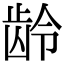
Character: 龄